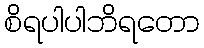
စိရပါပါဘိရတော